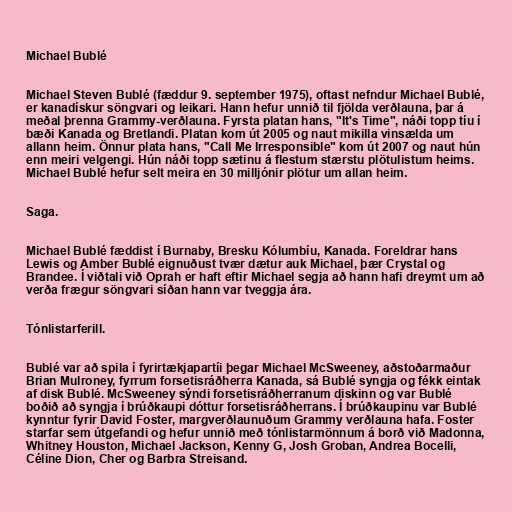
Michael Bublé

Michael Steven Bublé (fæddur 9. september 1975), oftast nefndur Michael Bublé,
er kanadískur söngvari og leikari. Hann hefur unnið til fjölda verðlauna, þar á
meðal þrenna Grammy-verðlauna. Fyrsta platan hans, "It's Time", náði topp tíu í
bæði Kanada og Bretlandi. Platan kom út 2005 og naut mikilla vinsælda um
allann heim. Önnur plata hans, "Call Me Irresponsible" kom út 2007 og naut hún
enn meiri velgengi. Hún náði topp sætinu á flestum stærstu plötulistum heims.
Michael Bublé hefur selt meira en 30 milljónir plötur um allan heim.

Saga.

Michael Bublé fæddist í Burnaby, Bresku Kólumbíu, Kanada. Foreldrar hans
Lewis og Amber Bublé eignuðust tvær dætur auk Michael, þær Crystal og
Brandee. Í viðtali við Oprah er haft eftir Michael segja að hann hafi dreymt um að
verða frægur söngvari síðan hann var tveggja ára.

Tónlistarferill.

Bublé var að spila í fyrirtækjapartíi þegar Michael McSweeney, aðstoðarmaður
Brian Mulroney, fyrrum forsetisráðherra Kanada, sá Bublé syngja og fékk eintak
af disk Bublé. McSweeney sýndi forsetisráðherranum diskinn og var Bublé
boðið að syngja í brúðkaupi dóttur forsetisráðherrans. Í brúðkaupinu var Bublé
kynntur fyrir David Foster, margverðlaunuðum Grammy verðlauna hafa. Foster
starfar sem útgefandi og hefur unnið með tónlistarmönnum á borð við Madonna,
Whitney Houston, Michael Jackson, Kenny G, Josh Groban, Andrea Bocelli,
Céline Dion, Cher og Barbra Streisand.